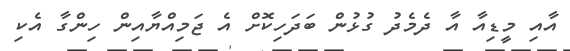
އާއި މީޑިއާ އާ ދެމެދު ގުޅުން ބަދަހިކޮށް އެ ޖަމިއްޔާއިން ހިންގާ އެކި